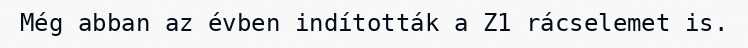
Még abban az évben indították a Z1 rácselemet is.